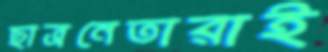
ছাত্রনেতারাই